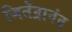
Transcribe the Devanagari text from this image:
जितेंद्रानंद